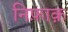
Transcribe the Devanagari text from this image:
निफ़ाक़